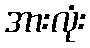
အားလုံး